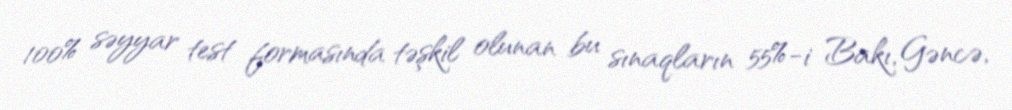
100% səyyar test formasında təşkil olunan bu sınaqların 55%-i Bakı, Gəncə,